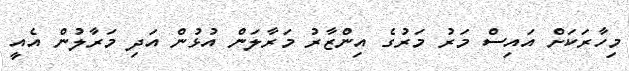
މިހާރަކަށް އައިސް މަރު މަރުގެ އިންޒާރު މަރާލަން އުޅުން އަދި މަރާލުން އެއީ